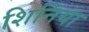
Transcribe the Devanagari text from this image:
शिनिया